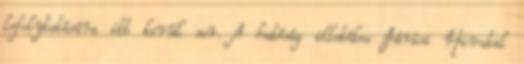
lefolytatására itt kerül sor. A hatóság illetékes Járási Hivatal